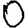
Digit: 0